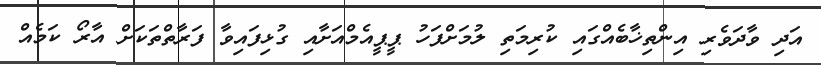
އަދި ވާދަވެރި އިންތިޚާބެއްގައި ކުރިމަތި ލުމަށްފަހު ޕީޕީއެމްއަށާއި ގުޅިފައިވާ ފަރާތްތަކަށް އާރޯ ކަމެއް